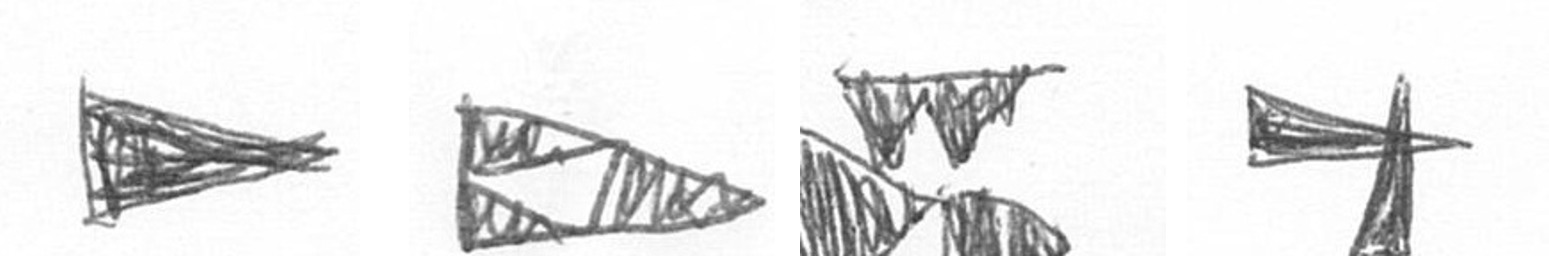
T K B G